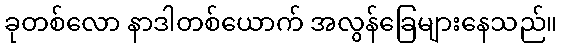
ခုတစ်လော နာဒါတစ်ယောက် အလွန်ခြေများနေသည်။